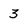
Character: 3